Vaccination Hyderabad 1872-1889 - 1872-1889
Year: 1872
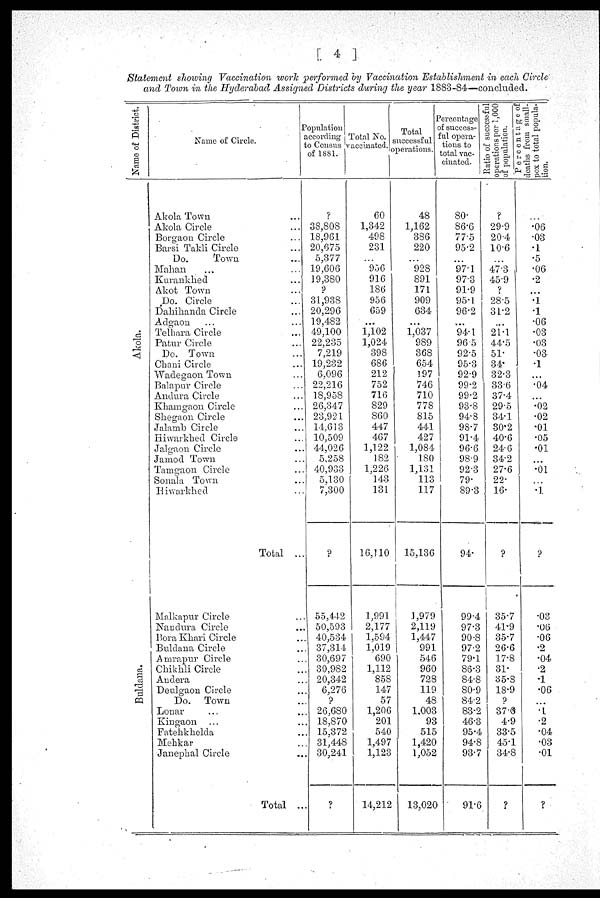
[ 4 ]
Statement showing Vaccination work performed by Vaccination Establishment in each Circle
and Town in the Hyderabad Assigned Districts during the year 1883-84—concluded.
Name of District.
Akola.
Buldana.
Name of Circle.
Akola Town ...
Akola Circle ...
Borgaon Circle ...
Barsi Takli Circle ...
Do.
Town ...
Mahan ... ...
Kurankhed ...
Akot Town ...
Do. Circle ...
Dahihanda Circle ...
Adgaon ... ...
Telhara Circle ...
Patur Circle ...
Do. Town ...
Chani Circle ...
Wadegaon Town
Balapur Circle ...
Andura Circle ...
Khamgaon Circle ...
Shegaon Circle ...
Jalamb Circle ...
Hiwarkhed Circle ...
Jalgaon Circle ...
Jamod Town ...
Tamgaon Circle ...
Sonala Town ...
Hiwarkhed ...
Total ...
Malkapur Circle ...
Nandura Circle ...
Bora Khari Circle ...
Buldana Circle ...
Amrapur Circle ...
Chikhli Circle ...
Andera ...
Deulgaon Circle
Do. Town ...
Lonar ... ...
Kingaon ... ...
Fatehkhelda ...
Mehkar ...
Janephal Circle ...
Total ...
Population
according
to Census
of 1881.
?
38,808
18,961
20,675
5,377
19,606
19,380
?
31,938
20,296
19,482
49,100
22,235
7,219
19,232
6,096
22,216
18,958
26,347
23,921
14,613
10,509
44,026
5,258
40,933
5,130
7,300
?
55,442
50,593
40,534
37,314
30,697
30,982
20,342
6,276
?
26,680
18,870
15,372
31,448
30,241
?
Total No.
vaccinated.
60
1,342
498
231
...
956
916
186
956
659
...
1,102
1,024
398
686
212
752
716
829
860
447
467
1,122
182
1,226
143
131
16,110
1,991
2,177
1,594
1,019
690
1,112
858
147
57
1,206
201
540
1,497
1,123
14,212
Total
successful
operations.
48
1,162
386
220
...
928
891
171
909
634
...
1,037
989
368
654
197
746
710
778
815
441
427
1,084
180
1,131
113
117
15,136
3,979
2,119
1,447
991
546
960
728
119
48
1,003
93
515
1,420
1,052
13,020
Percentage
of success-
--- opera-
tions to
total vac-
cinated.
80.
86.6
77.5
95.2
...
97.1
97.3
91.9
95.1
96.2
...
94.1
96.5
92.5
95.3
92.9
99.2
99.2
93.8
94.8
98.7
91.4
96.6
98.9
92.3
79.
89.3
94.
99.4
97.3
90.8
97.2
79.1
86.3
84.8
80.9
84.2
83.2
46.3
95.4
94.8
93.7
91.6
Ratio of successful
operations per 1,000
of population.
?
29.9
20.4
10.6
...
47.3 ,
45.9
?
28.5
31.2
...
21.1
44.5
51.
34.
32.3
33.6
37.4
29.5
34.1
30.2
40.6
24.6
34.2
27.6
22.
16.
?
35.7
41.9
35.7
26.6
17.8
31.
35.3
18.9
?
37.0
4.9
33.5
45.1
34.8
?
Percentage of
deaths from small-
pox to total popula¬
tion.
...
.06
.03
.1
.5
.06
.2
...
.1
.1
.06
.03
.03
.03
.1
...
.04
...
.02
.02
.01
.05
.01
...
.01
...
.1
?
.03
.06
.06
.2
.04
.2
.1
.06
...
.1
.2
.04
.03
.01
?